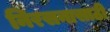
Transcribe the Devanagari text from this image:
निरसनासाठी